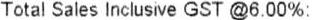
TOTAL SALES INCLUSIVE GST @6.00%: